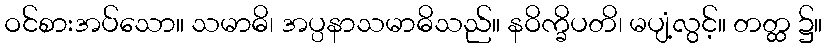
ဝင်စားအပ်သော။ သမာဓိ၊ အပ္ပနာသမာဓိသည်။ နဝိက္ခိပတိ၊ မပျံ့လွင့်။ တတ္ထ ၌။